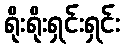
ရိုးရိုးရှင်းရှင်း